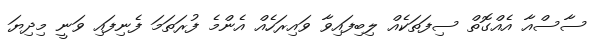
ސާސްއާ އެއްގޮތް ސިފަތަކެއް ލިބިފައިވާ ވައިރަހެއް އެންމެ ފުރަތަމަ ފެނިފައި ވަނީ މިދިޔަ